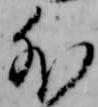
外